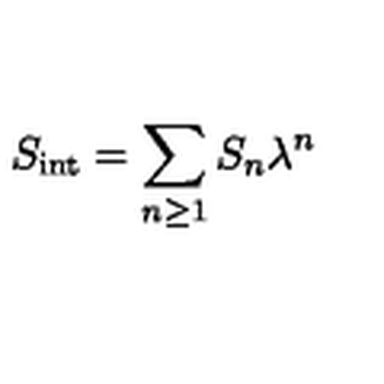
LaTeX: S _ { \mathrm { i n t } } = \sum _ { n \ge 1 } S _ { n } \lambda ^ { n }